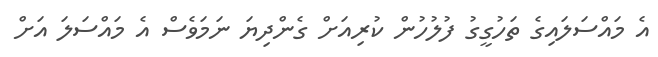
އެ މައްސަލައިގެ ތަހުގީގު ފުލުހުން ކުރިއަށް ގެންދިޔަ ނަމަވެސް އެ މައްސަލަ އަށް